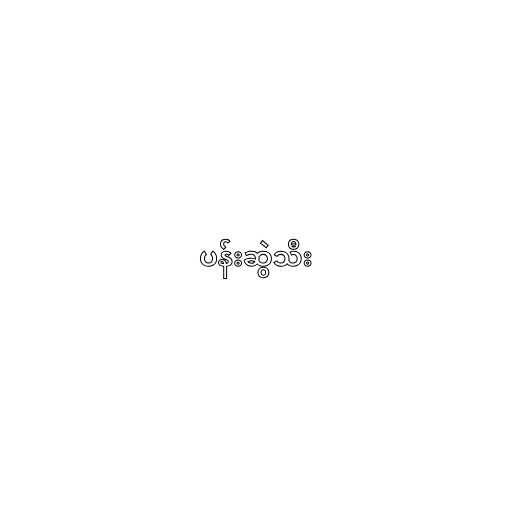
ပန်းဆွဲသီး